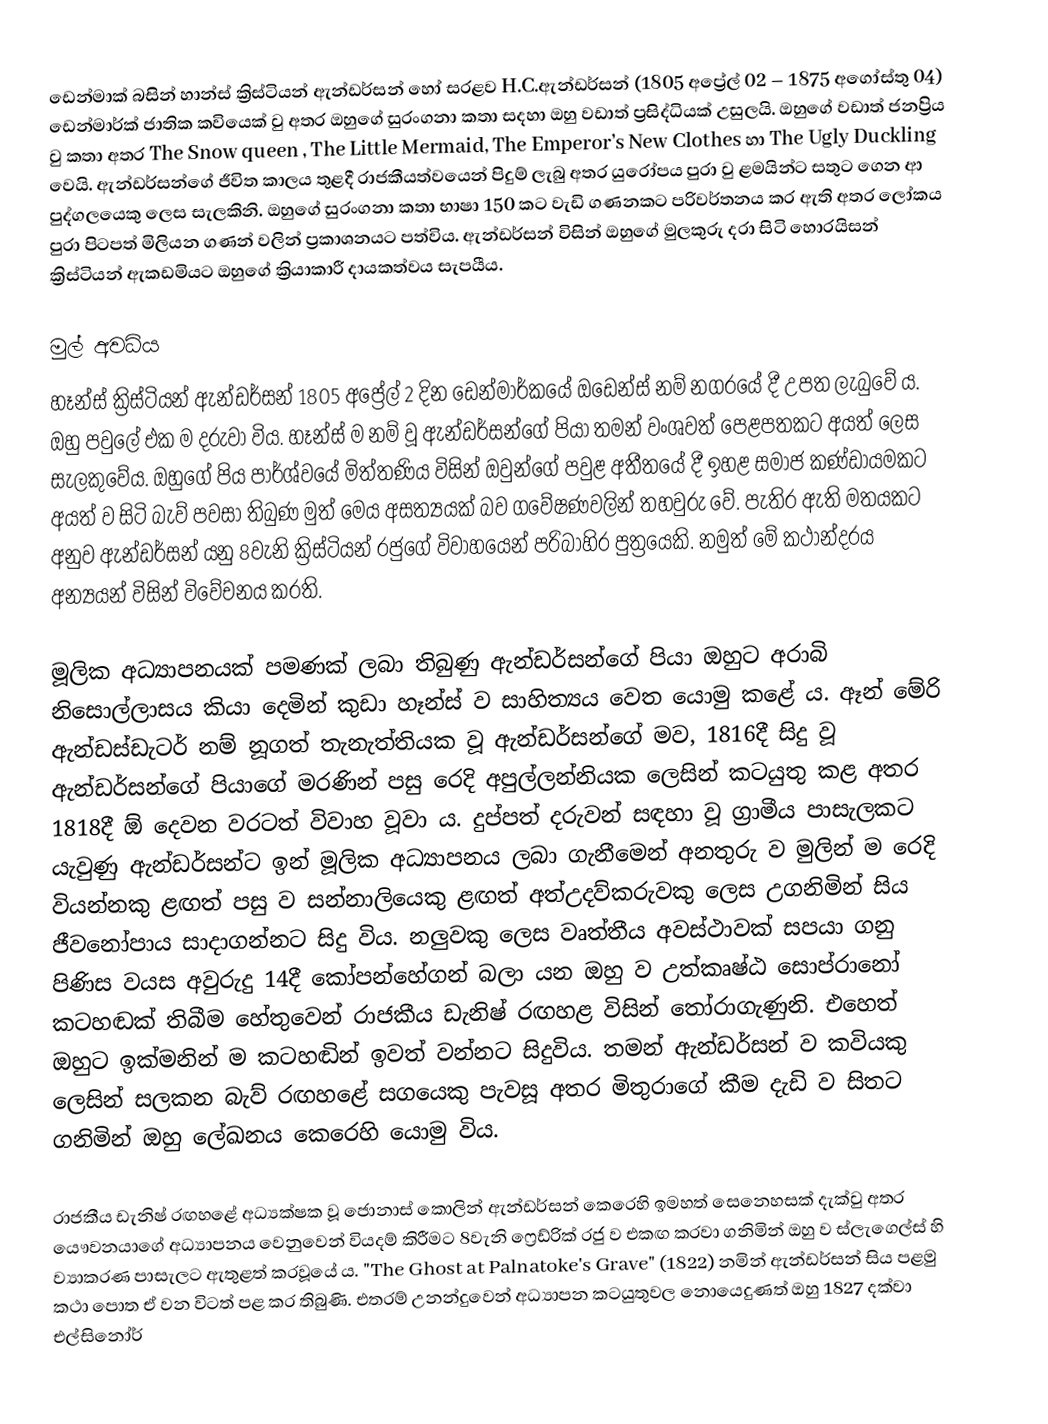
ඩෙන්මාක් බසින් හාන්ස් ක්‍රිස්ටියන් ඇන්ඩර්සන් හෝ සරළව H.C.ඇන්ඩර්සන් (1805 අප්‍රේල් 02 – 1875 අගෝස්තු 04) ඩෙන්මාර්ක් ජාතික කවියෙක් වු අතර ඔහුගේ සුරංගනා කතා සදහා ඔහු වඩාත් ප්‍රසිද්ධියක් උසුලයි. ඔහුගේ වඩාත් ජනප්‍රිය වු කතා අතර The Snow queen , The Little Mermaid, The Emperor’s New Clothes හා The Ugly Duckling වෙයි. ඇන්ඩර්සන්ගේ ජීවිත කාලය තුළදී රාජකීයත්වයෙන් පිදුම් ලැබු අතර යුරෝපය පුරා වු ළමයින්ට සතුට ගෙන ආ පුද්ගලයෙකු ලෙස සැලකිනි. ඔහුගේ සුරංගනා කතා භාෂා 150 කට වැඩි ගණනකට පරිවර්තනය කර ඇති අතර ලෝකය පුරා පිටපත් මිලියන ගණන් වලින් ප්‍රකාශනයට පත්විය. ඇන්ඩර්සන් විසින් ඔහුගේ මුලකුරු දරා සිටි හොරයිසන් ක්‍රිස්ටියන් ඇකඩමියට ඔහුගේ ක්‍රියාකාරී දායකත්වය සැපයීය.

මුල් අවධිය
හෑන්ස් ක්‍රිස්ටියන් ඇන්ඩර්සන් 1805 අප්‍රේල් 2 දින ඩෙන්මාර්කයේ ඔඩෙන්ස් නම් නගරයේ දී උපත ලැබුවේ ය. ඔහු පවුලේ එක ම දරුවා විය. හෑන්ස් ම නම් වූ ඇන්ඩර්සන්ගේ පියා තමන් වංශවත් පෙළපතකට අයත් ලෙස සැලකුවේය. ඔහුගේ පිය පාර්ශ්වයේ මිත්තණිය විසින් ඔවුන්ගේ පවුළ අතීතයේ දී ඉහළ සමාජ කණ්ඩායමකට අයත් ව සිටි බැව් පවසා තිබුණ මුත් මෙය අසත්‍යයක් බව ගවේෂණවලින් තහවුරු වේ. පැතිර ඇති මතයකට අනුව ඇන්ඩර්සන් යනු 8වැනි ක්‍රිස්ටියන් රජුගේ විවාහයෙන් පරිබාහිර පුත්‍රයෙකි. නමුත් මේ කථාන්දරය අන්‍යයන් විසින් විවේචනය කරති.

මූලික අධ්‍යාපනයක් පමණක් ලබා තිබුණු ඇන්ඩර්සන්ගේ පියා ඔහුට අරාබි නිසොල්ලාසය කියා දෙමින් කුඩා හෑන්ස්  ව සාහිත්‍යය වෙත යොමු කළේ ය. ඈන් මේරි ඇන්ඩස්ඩැටර් නම් නූගත් තැනැත්තියක වූ ඇන්ඩර්සන්ගේ මව, 1816දී සිදු වූ ඇන්ඩර්සන්ගේ පියාගේ මරණින් පසු රෙදි අපුල්ලන්නියක ලෙසින් කටයුතු කළ අතර 1818දී ඕ දෙවන වරටත් විවාහ වූවා ය. දුප්පත් දරුවන් සඳහා වූ ග්‍රාමීය පාසැලකට යැවුණු ඇන්ඩර්සන්ට ඉන් මූලික අධ්‍යාපනය ලබා ගැනීමෙන් අනතුරු ව මුලින් ම  රෙදි වියන්නකු ළඟත් පසු ව සන්නාලියෙකු ළඟත් අත්උදව්කරුවකු ලෙස උගනිමින් සිය ජීවනෝපාය සාදාගන්නට සිදු විය. නලුවකු ලෙස වෘත්තීය අවස්ථාවක් සපයා  ගනු පිණිස වයස අවුරුදු 14දී කෝපන්හේගන් බලා යන ඔහු ව උත්කෘෂ්ඨ සොප්රානෝ කටහඬක් තිබීම හේතුවෙන් රාජකීය ඩැනිෂ් රඟහළ විසින් තෝරාගැණුනි. එහෙත් ඔහුට ඉක්මනින් ම කටහඬින් ඉවත් වන්නට සිදුවිය. තමන් ඇන්ඩර්සන් ව කවියකු ලෙසින් සලකන බැව් රඟහළේ සගයෙකු පැවසූ අතර මිතුරාගේ කීම දැඩි ව සිතට ගනිමින් ඔහු ලේඛනය කෙරෙහි යොමු විය.

රාජකීය ඩැනිෂ් රඟහළේ අධ්‍යක්ෂක වූ ජොනාස් කොලින් ඇන්ඩර්සන් කෙරෙහි ඉමහත් සෙනෙහසක් දැක්වු අතර යෞවනයාගේ අධ්‍යාපනය වෙනුවෙන් වියදම් කිරීමට 8වැනි ෆ්‍රෙඩ්රික් රජු ව එකඟ කරවා ගනිමින් ඔහු ව ස්ලැගෙල්ස් හි ව්‍යාකරණ පාසැලට ඇතුළත් කරවූයේ ය.  "The Ghost at Palnatoke's Grave" (1822) නමින් ඇන්ඩර්සන් සිය පළමු කථා පොත ඒ වන විටත් පළ කර තිබුණි. එතරම් උනන්දුවෙන් අධ්‍යාපන කටයුතුවල නොයෙදුණත් ඔහු 1827 දක්වා එල්සිනෝර්